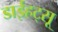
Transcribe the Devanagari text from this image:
डाईहट्सू